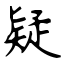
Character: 疑